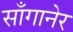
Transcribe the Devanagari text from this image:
साँगानेर